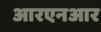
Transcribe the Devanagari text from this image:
आरएनआर